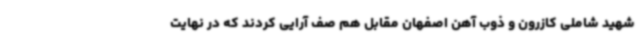
شهید شاملی کازرون و ذوب آهن اصفهان مقابل هم صف آرایی کردند که در نهایت